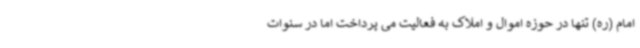
امام (ره) تنها در حوزه اموال و املاک به فعالیت می پرداخت اما در سنوات